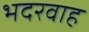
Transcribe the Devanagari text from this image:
भदरवाह